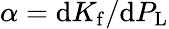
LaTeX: \alpha=\mathrm{d}K_{\mathrm{f}}/\mathrm{d}P_{\mathrm{L}}